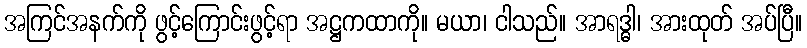
အကြင်အနက်ကို ဖွင့်ကြောင်းဖွင့်ရာ အဋ္ဌကထာကို။ မယာ၊ ငါသည်။ အာရဒ္ဓါ၊ အားထုတ် အပ်ပြီ။